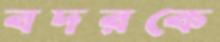
বদরকে